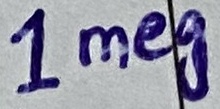
Text: 1Meg